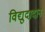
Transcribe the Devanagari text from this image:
विद्युदादान